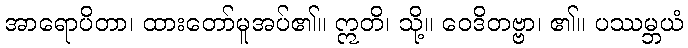
အာရောပိတာ၊ ထားတော်မူအပ်၏။ ဣတိ၊ သို့။ ဝေဒိတဗ္ဗာ၊ ၏။ ပဿမ္ဘယံ